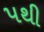
પથી